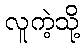
လူကဲ့သို့